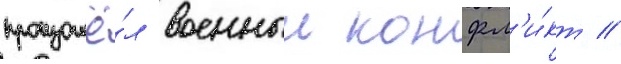
произошё́л военныи конфл'и́кт //